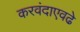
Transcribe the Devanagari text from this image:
करवंदाएवढे